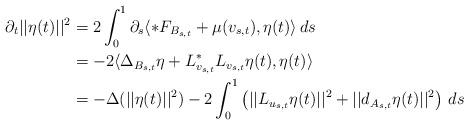
LaTeX: \begin{align*}\partial_t ||\eta(t)||^2 &= 2 \int_0^1\partial_s \langle *F_{B_{s,t}} + \mu(v_{s,t}), \eta(t) \rangle \, ds \\ &= -2 \langle \Delta_{B_{s,t}} \eta + L_{v_{s,t}}^*L_{v_{s,t}} \eta(t) , \eta(t) \rangle \\ &= - \Delta (||\eta(t)||^2 ) - 2 \int_0^1 \left( ||L_{u_{s,t}} \eta(t)||^2 + ||d_{A_{s,t}} \eta(t)||^2 \right)\, ds\end{align*}